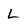
Character: L